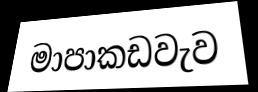
මාපාකඩවැව